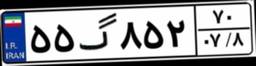
۵۵گ۸۵۲۷۰